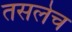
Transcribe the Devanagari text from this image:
तसलेच